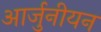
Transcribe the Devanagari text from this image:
आर्जुनीयन